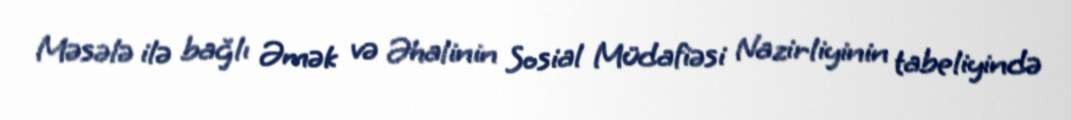
Məsələ ilə bağlı Əmək və Əhalinin Sosial Müdafiəsi Nazirliyinin tabeliyində